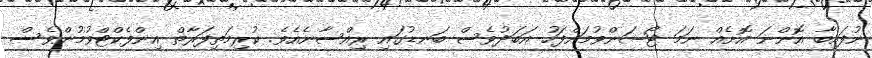
ނުފައިބާ އޮންނަ އޮށެއް ނަމަ ޓޯޝަންވުމަށްފަހު އަބަދުވެސް ބަނޑުގައި ރިއްސާނެއެވެ. ކުރިމަތިފަރާތް އިންފެކްޓްވުމުންވެސް